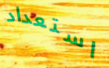
استعداد